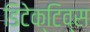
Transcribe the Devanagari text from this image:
डिटेक्टिव्स